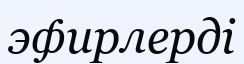
эфирлерді